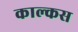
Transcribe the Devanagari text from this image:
काल्कस